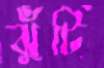
ঝুঁটি